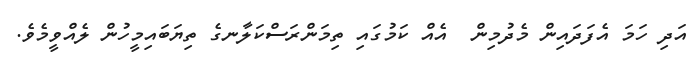
އަދި ހަމަ އެފަދައިން މެދުމިން  އެއް ކަމުގައި ތިމަންރަސްކަލާނގެ ތިޔަބައިމީހުން ލެއްވީމެވެ.